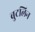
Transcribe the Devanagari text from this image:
बुटलिन